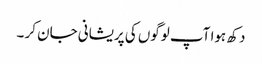
دکھ ہوا آپ لوگوں کی پریشانی جان کر ۔